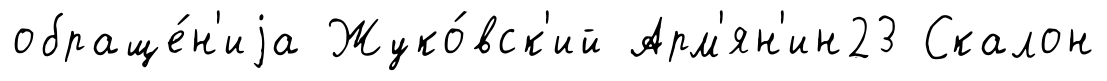
обраще́н'иjа Жуко́вск'ий Арм'ян'ин23 Скалон